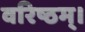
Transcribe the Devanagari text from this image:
वरिष्ठम्‌।